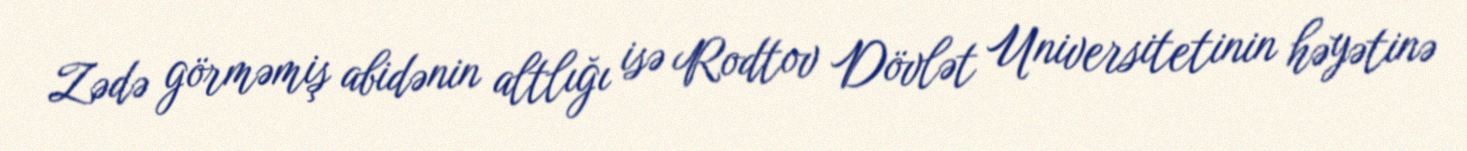
Zədə görməmiş abidənin altlığı isə Rodtov Dövlət Universitetinin həyətinə